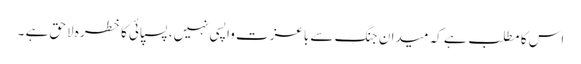
اس کا مطلب ہے کہ میدان ِ جنگ سے باعزت واپسی نہیں، پسپائی کا خطرہ لاحق ہے ۔